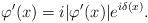
LaTeX: \begin{align*} \varphi^{\prime}(x)=i|\varphi^{\prime}(x)| e^{i\delta(x)}.\end{align*}